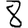
Digit: 8